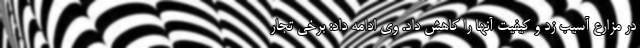
در مزارع آسیب زد و کیفیت آنها را کاهش داد. وی ادامه داد: برخی تجار